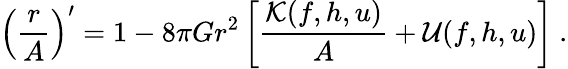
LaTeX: \left(\frac rA\right)^{\prime}=1-8\pi Gr^{2}\left[\frac{{\cal K}(f,h,u)}A+{\cal U}(f,h,u)\right]\ .